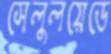
সেলুলয়েডে